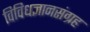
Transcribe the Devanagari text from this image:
विविधज्ञानसंग्रह